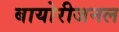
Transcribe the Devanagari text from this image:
बायोरीजनल